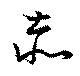
赤